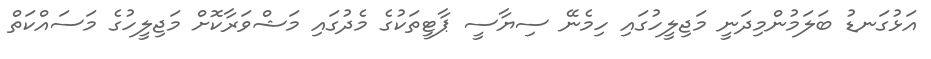
އަޅުގަނޑު ބަލަމުންމިދަނީ މަޖިލީހުގައި ހިމެނޭ ސިޔާސީ ޕާޓީތަކުގެ މެދުގައި މަޝްވަރާކޮށް މަޖިލީހުގެ މަސައްކަތް